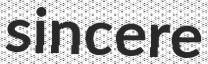
sincere